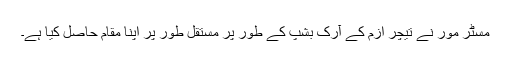
مسٹر مور نے تیچر ازم کے آرک بشپ کے طور پر مستقل طور پر اپنا مقام حاصل کیا ہے۔